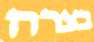
בצרה